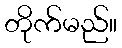
တိုက်မည်။